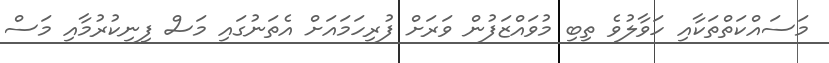
މަސައްކަތްތަކާއި ހަވާލުވެ ތިބި މުވައްޒަފުން ވަރަށް ފުރިހަމައަށް އެތަނުގައި މަސް ފިނިކުރުމާއި މަސް